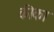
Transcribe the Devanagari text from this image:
कीका